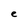
Character: e